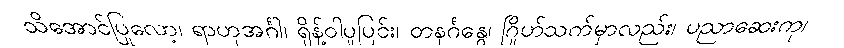
သိအောင်ပြုလော့၊ ရာဟုအင်္ဂါ၊ ရှိန့်ဝါပူပြင်း၊ တနင်္ဂနွေ၊ ဂြိုဟ်သက်မှာလည်း၊ ပညာဆေးကု၊